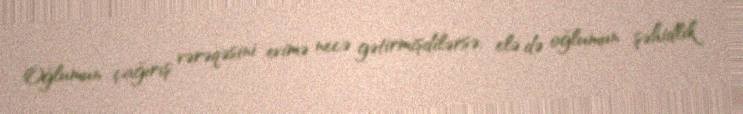
Oğlumun çağırış vərəqəsini evimə necə gətirmişdilərsə, elə də oğlumun şəhidlik